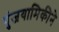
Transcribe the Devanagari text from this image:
पुंजयामिकीने